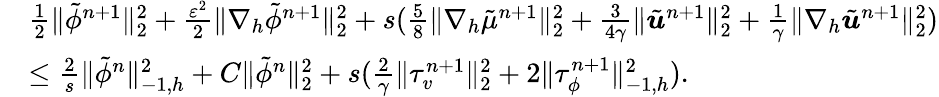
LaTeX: \begin{array}{rl}&{\frac{1}{2}\| \tilde{\phi}^{n+1}\| _{2}^{2}+\frac{\varepsilon^{2}}{2}\| \nabla_{h}\tilde{\phi}^{n+1}\| _{2}^{2}+s(\frac{5}{8}\| \nabla_{h}\tilde{\mu}^{n+1}\| _{2}^{2}+\frac{3}{4\gamma}\| \tilde{\boldsymbol{u}}^{n+1}\| _{2}^{2}+\frac{1}{\gamma}\| \nabla_{h}\tilde{\boldsymbol{u}}^{n+1}\| _{2}^{2})}\\ &{\leq\frac{2}{s}\| \tilde{\phi}^{n}\| _{-1,h}^{2}+C\| \tilde{\phi}^{n}\| _{2}^{2}+s(\frac{2}{\gamma}\| \tau_{v}^{n+1}\| _{2}^{2}+2\| \tau_{\phi}^{n+1}\| _{-1,h}^{2}).}\end{array}